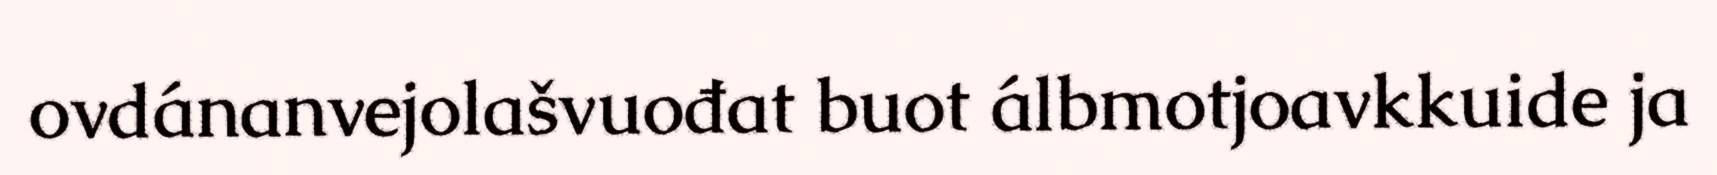
ovdánanvejolašvuođat buot álbmotjoavkkuide ja